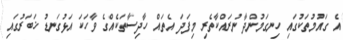
އެ ގައުމުތަކުގައި ހިނގަމުންދާ ނުރައްކާތެރި މިފަދަ އެތައް ހާދިސާތަކެއްގެ ވާހަކަ އަޅުގަނޑު ޚަބަރުގައި